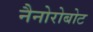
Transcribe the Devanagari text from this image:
नैनोरोबोट